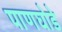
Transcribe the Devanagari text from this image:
पाणघोडे